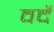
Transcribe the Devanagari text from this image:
वर्देे